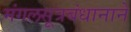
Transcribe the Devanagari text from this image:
मंगलसूत्रबंधानाने